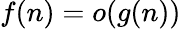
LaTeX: f(n)=o(g(n))